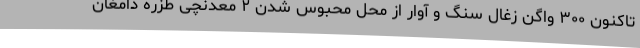
تاکنون ۳۰۰ واگن زغال سنگ و آوار از محل محبوس شدن ۲ معدنچی طزره دامغان